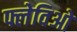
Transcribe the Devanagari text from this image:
फ्लेविओ